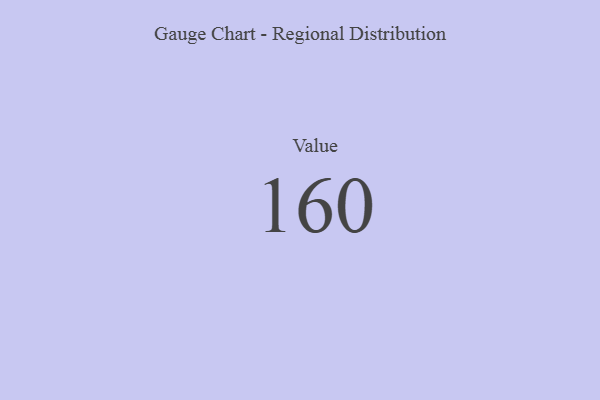
{"axis": {"x": "Metric", "y": "Value"}, "legend": [""], "data": [{"x": "Value", "y": 160, "type": ""}]}